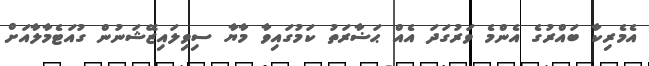
އެމެރިކާ ބައްރުގެ އެންމެ ވަރުގަދަ އެއް ޙަޟާރަތު ކަމުގައިވާ މާޔާ ސިވިލައިޒޭޝަނުން ގުއަޓެމާލާއަށް